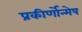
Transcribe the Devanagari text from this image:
प्रकीर्णोन्मेष